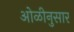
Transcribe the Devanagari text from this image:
ओळीनुसार